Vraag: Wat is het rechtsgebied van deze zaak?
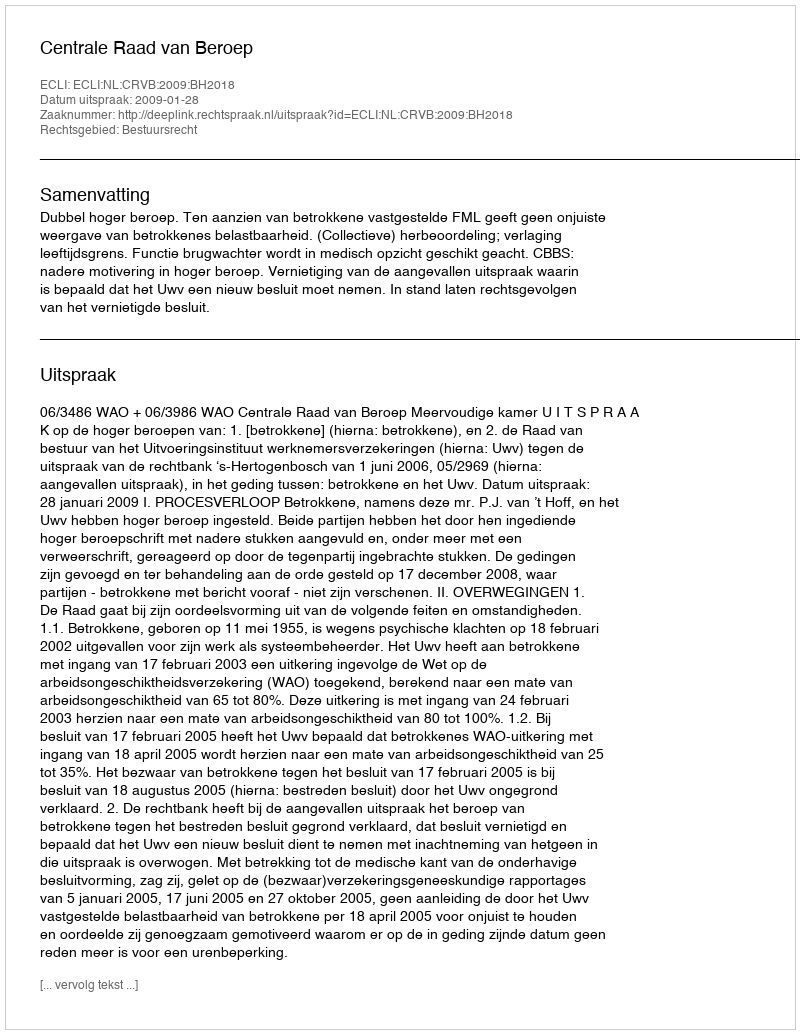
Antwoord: Bestuursrecht